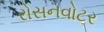
રોસનવોટર